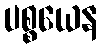
ပစ္စယေန